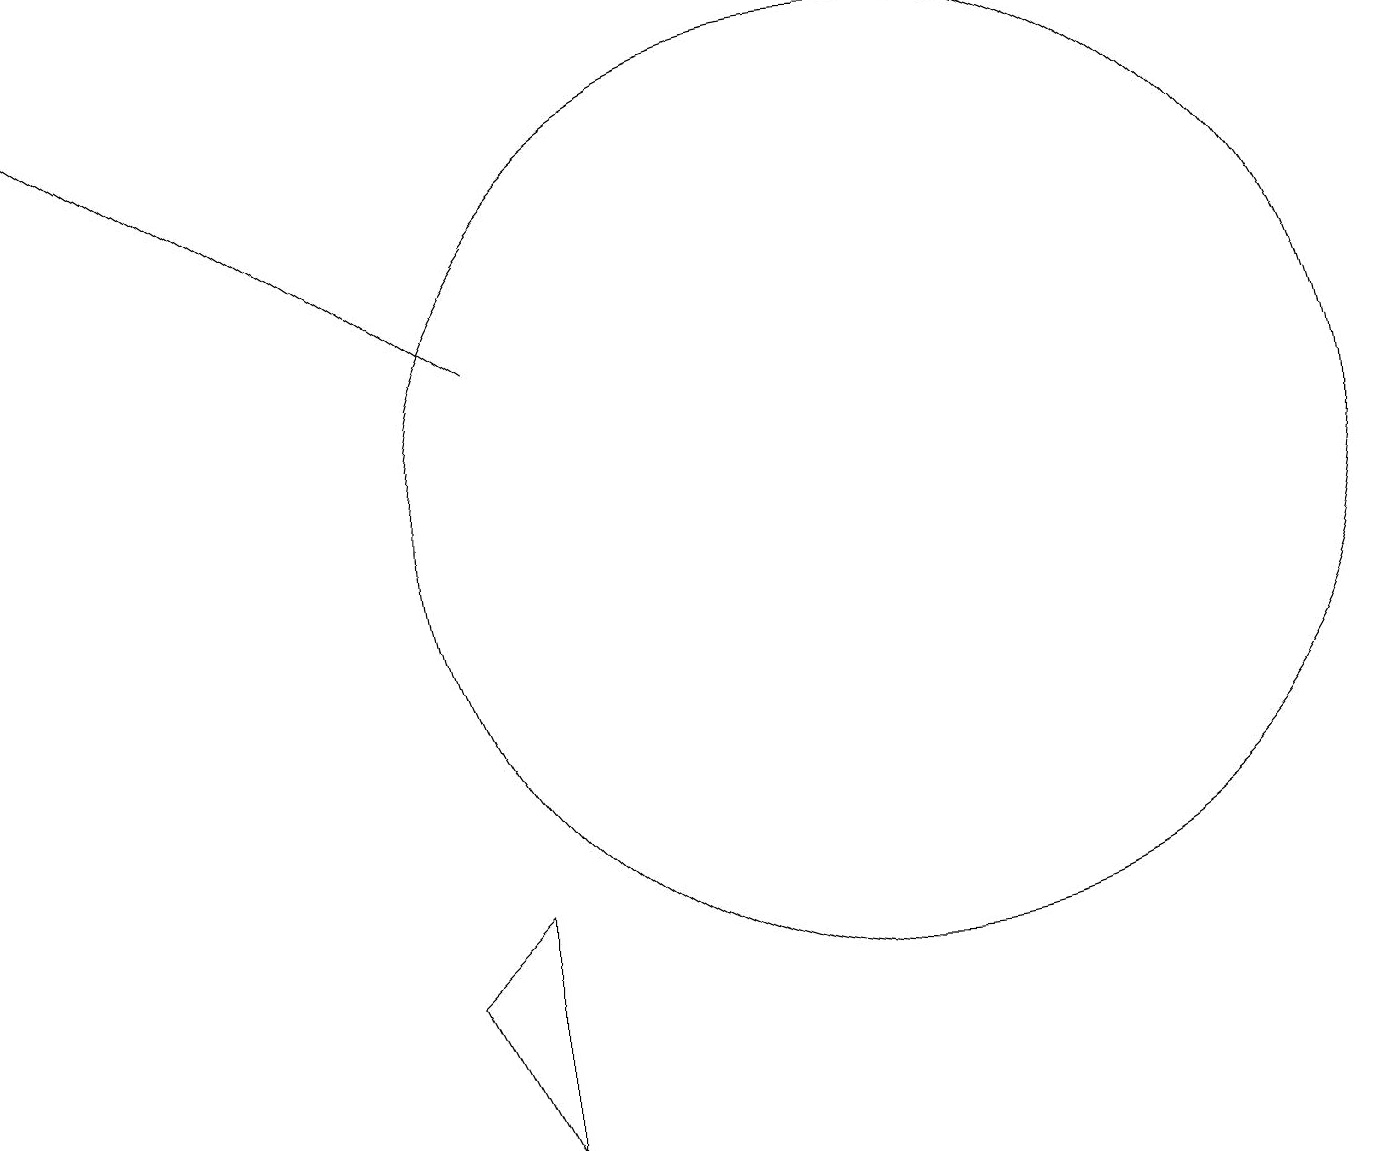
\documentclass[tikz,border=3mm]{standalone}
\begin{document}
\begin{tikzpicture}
\draw (12,10) circle (6);
\draw (7,5) -- (6,4) -- (7,2) -- cycle;
\draw[->] (7,12) -- (1,16);
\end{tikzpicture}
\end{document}